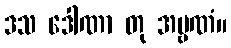
ဒသ ဒေါဏာ တု အမ္ဗဏံ။